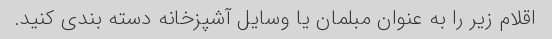
اقلام زیر را به عنوان مبلمان یا وسایل آشپزخانه دسته بندی کنید.